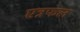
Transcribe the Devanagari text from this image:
एत्रफल